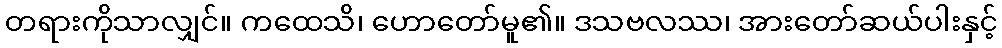
တရားကိုသာလျှင်။ ကထေသိ၊ ဟောတော်မူ၏။ ဒသဗလဿ၊ အားတော်ဆယ်ပါးနှင့်